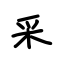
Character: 采